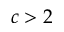
c > 2